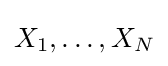
X_{1},\dots ,X_{N}